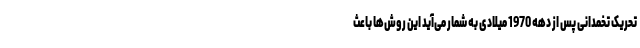
تحریک تخمدانی پس از دهه 1970 میلادی به شمار می‌آید این روش‌ها باعث